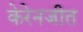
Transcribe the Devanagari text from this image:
केरेनजीत